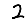
Digit: 2